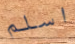
اسلم